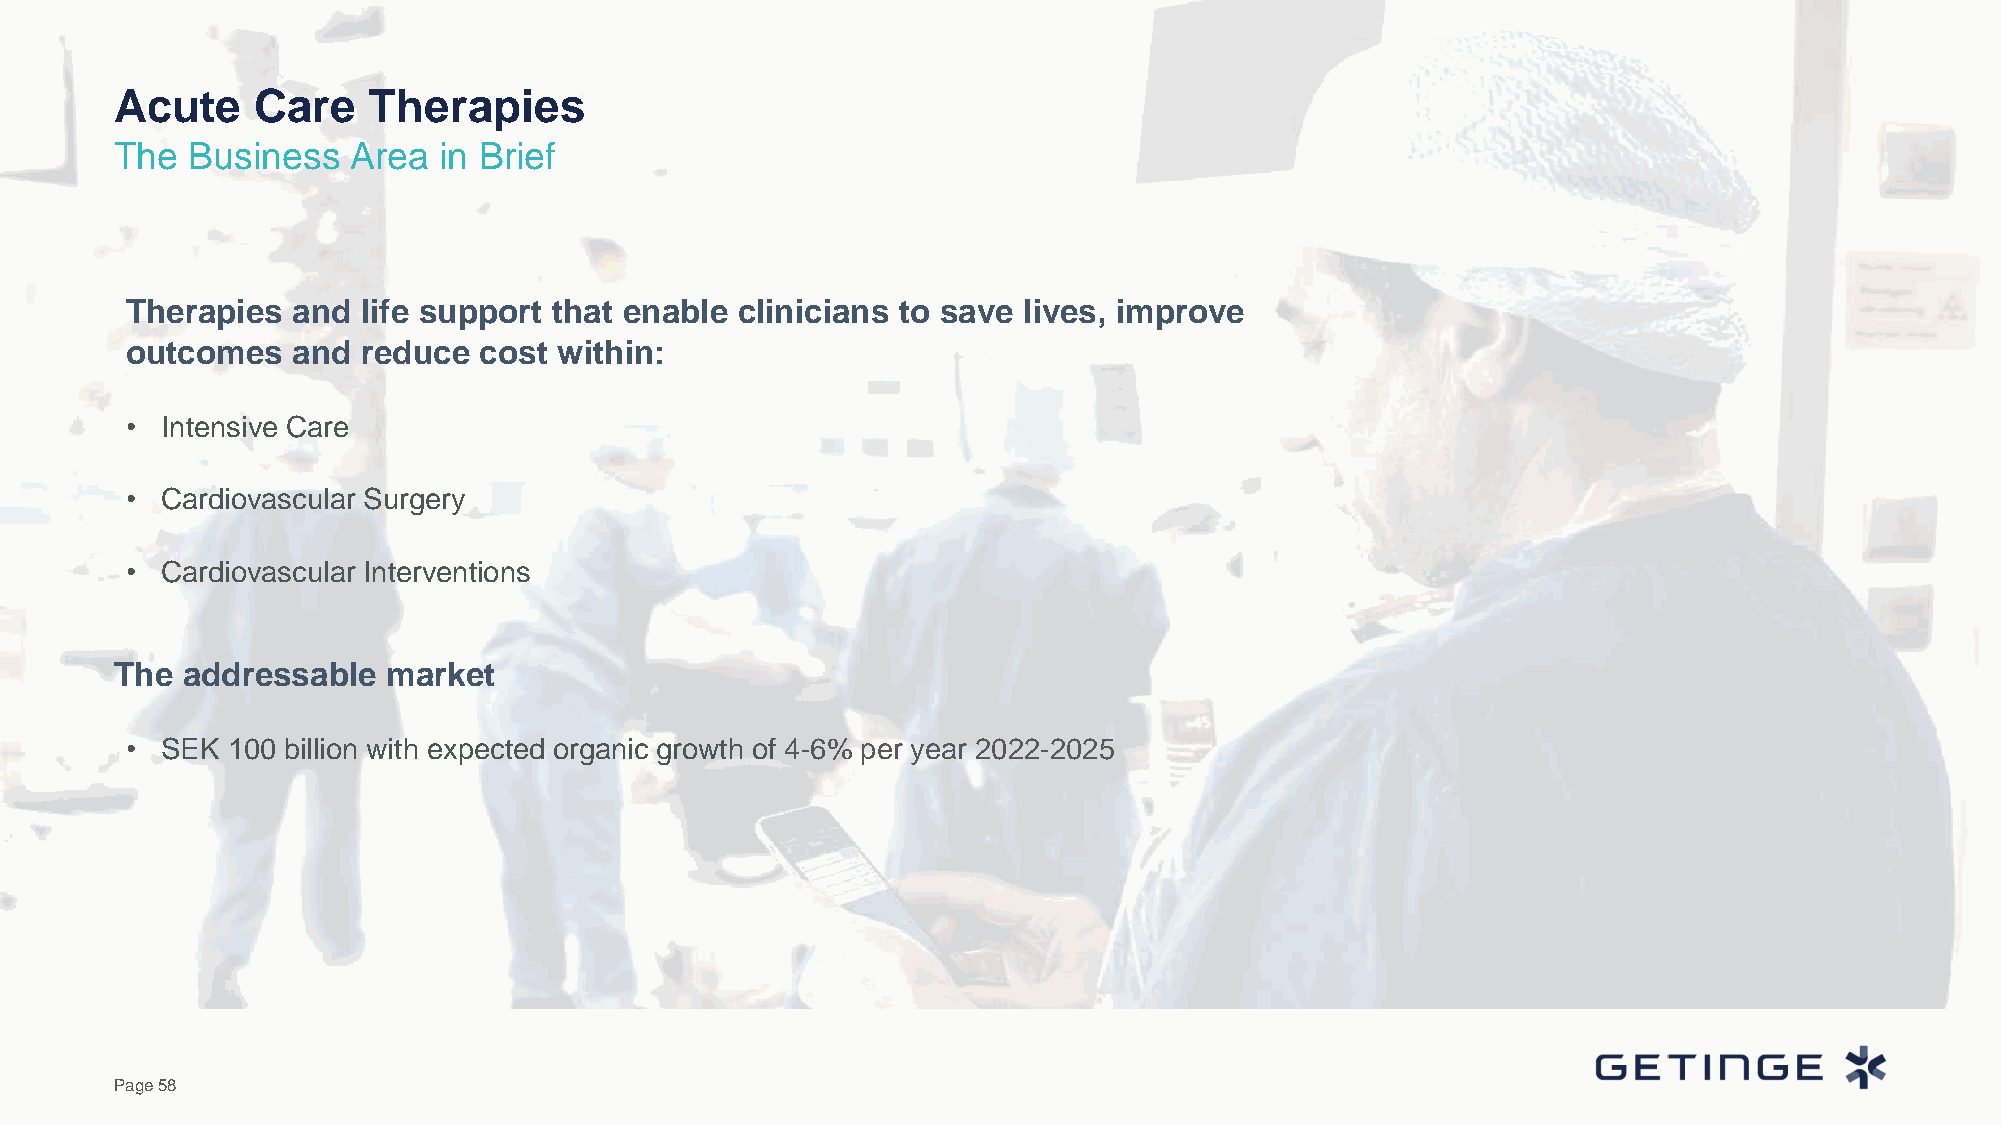
Acute    Care   Therapies
 The  Business  Area  in Brief
 Therapies  and  life support that enable clinicians to save lives, improve
 outcomes   and  reduce  cost within:
 •  Intensive Care
 •  Cardiovascular Surgery
 •  Cardiovascular Interventions
 The addressable   market
 •  SEK 100 billion with expected organic growth of 4-6% per year 2022-2025
 Page 58